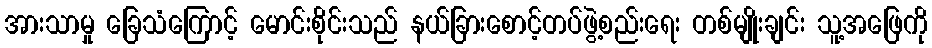
အားသာမှု ခြေသံကြောင့် မောင်းစိုင်းသည် နယ်ခြားစောင့်တပ်ဖွဲ့စည်းရေး တစ်မျိုးချင်း သူ့အဖြေကို